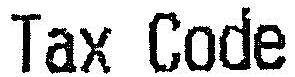
TAX CODE